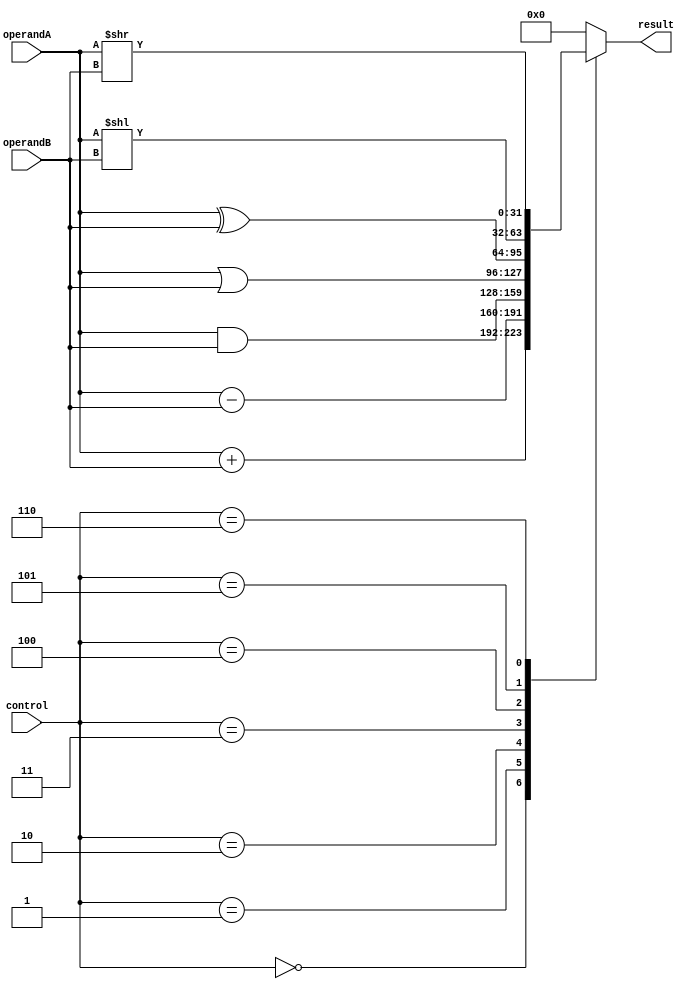
module ALU (
    input [31:0] operandA,
    input [31:0] operandB,
    input [2:0] control,
    output reg [31:0] result
);

always @(*)
begin
    case(control)
        3'b000: result = operandA + operandB; // addition
        3'b001: result = operandA - operandB; // subtraction
        3'b010: result = operandA & operandB; // bitwise AND
        3'b011: result = operandA | operandB; // bitwise OR
        3'b100: result = operandA ^ operandB; // bitwise XOR
        3'b101: result = operandA << operandB; // shift left
        3'b110: result = operandA >> operandB; // shift right
        default: result = 32'b0; // default case
    endcase
end

endmodule